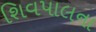
શિવપાલના